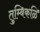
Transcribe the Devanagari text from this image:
तुम्बिकळि